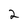
Character: 2